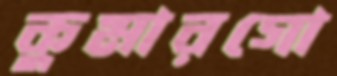
কুমারগো